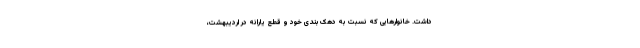
داشت. خانوارهایی که نسبت به دهک‌بندی خود و قطع یارانه در اردیبهشت،